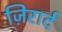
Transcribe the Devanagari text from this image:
ज़िरार्द